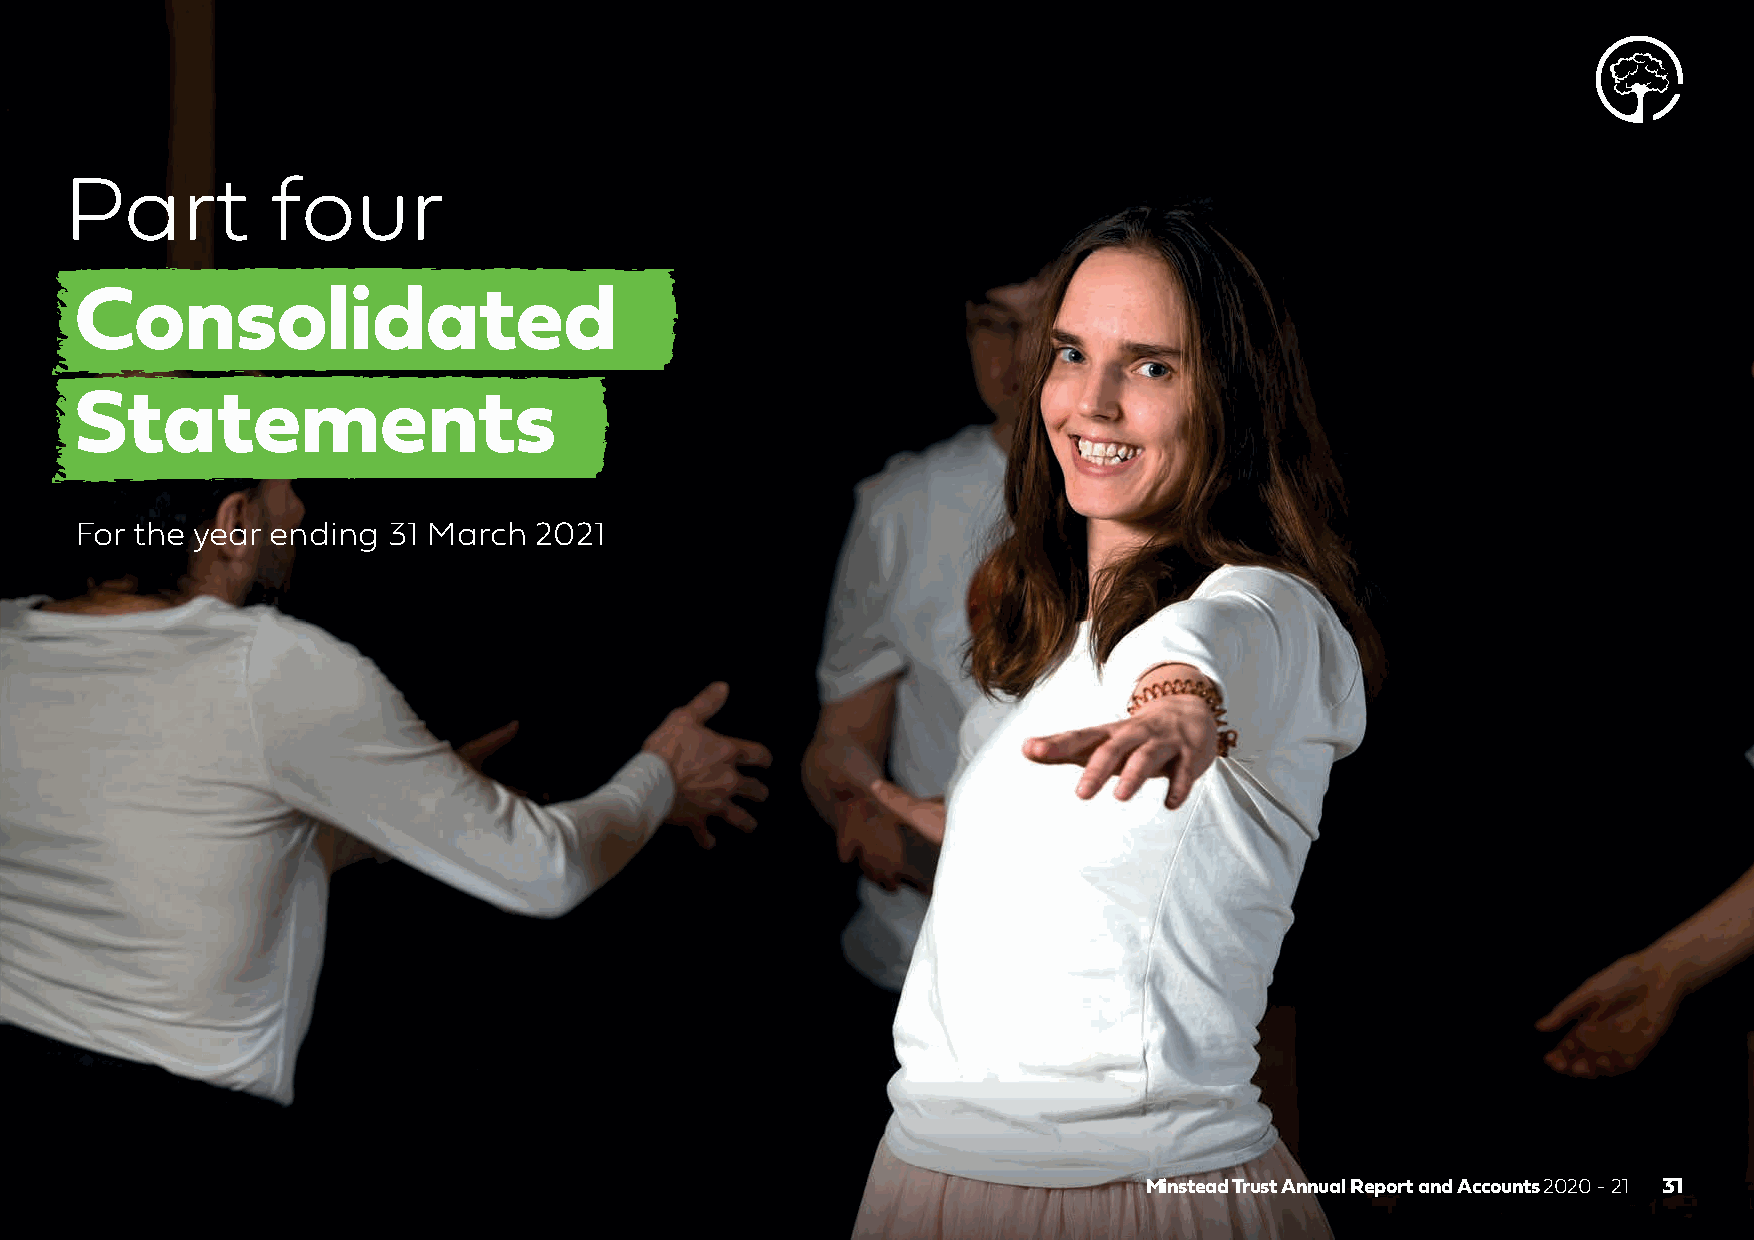
Part          four
 Consolidated
 Statements
 For the year ending  31 March 2021
 Minstead Trust Annual Report and Accounts 2020 - 21 31